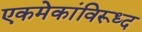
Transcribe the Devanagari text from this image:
एकमेकांविरूध्द